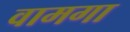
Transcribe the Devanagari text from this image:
वामगा